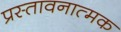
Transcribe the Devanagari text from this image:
प्रस्तावनात्मक